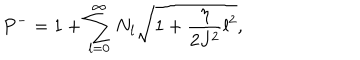
P ^ { - } = 1 + \sum _ { l = 0 } ^ { \infty } N _ { l } \sqrt { 1 + \frac { \eta } { 2 J ^ { 2 } } l ^ { 2 } } ,